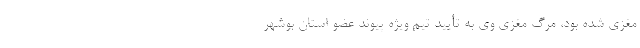
مغزی شده بود، مرگ مغزی وی به تأیید تیم ویژه پیوند عضو استان بوشهر